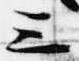
三